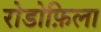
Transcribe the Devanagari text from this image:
रोडोफ़िला